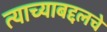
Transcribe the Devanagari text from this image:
त्याच्याबद्दलचे